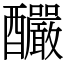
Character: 釅